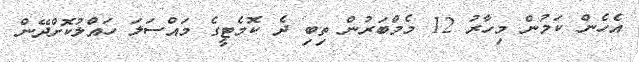
އެހެން ކަމުން މިހާރު 12 މެމްބަރުން ތިބި ދެ ކޮމެޓީގެ މައްސަލަ ހައްލުކޮށްދޭން